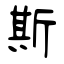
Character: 斯